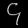
Digit: ၄